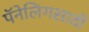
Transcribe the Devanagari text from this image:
पॅनेलिंगसाठी